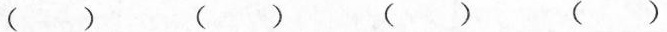
() () () ()